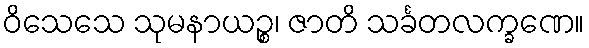
ဝိသေသေ သုမနာယဉ္စ၊ ဇာတိ သင်္ခတလက္ခဏေ။